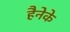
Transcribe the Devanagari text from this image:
हैनेके